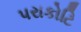
પરાકોટિ